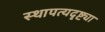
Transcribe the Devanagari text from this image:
स्थापत्यदृष्ट्या